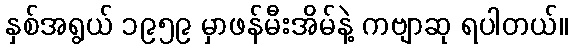
နှစ်အရွယ် ၁၉၅၉ မှာဖန်မီးအိမ်နဲ့ ကဗျာဆု ရပါတယ်။